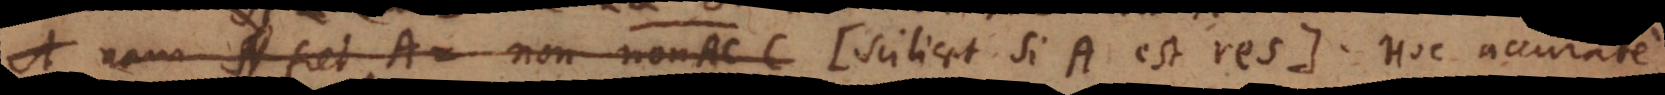
A Nam fiet A = non non AC C (Scilicet si A est res.) Hoc accurate